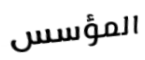
المؤسس